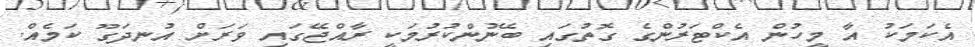
އެކަމަކު އާ މީހުން އެކްޓަރުންގެ ގޮތުގައި ބޭނުންކުރުމަކީ ރާއްޖޭގައި ވަރަށް އުނދަގޫ ކަމެއް.